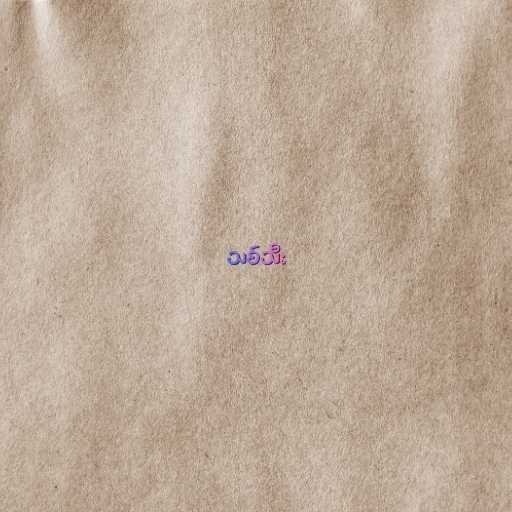
သစ်သီး